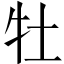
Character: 牡